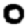
Digit: 0